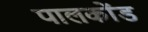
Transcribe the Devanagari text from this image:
पालकोंड